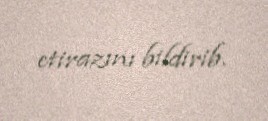
etirazını bildirib.